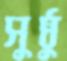
সুষ্ঠু